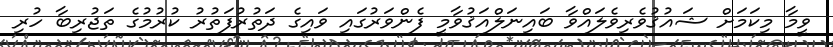
ވީމާ މިކަމަށް ޝައުޤުވެރިވެލައްވާ ބައިނަލްއަޤުވާމީ ފެންވަރުގައި ވައިގެ ދަތުރުފަތުރު ކުރުމުގެ ތަޖުރިބާ ހުރި